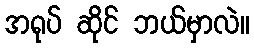
အရုပ် ဆိုင် ဘယ်မှာလဲ။